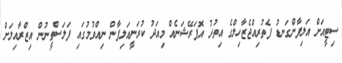
ސިޓީއަށް އަލިފާންގަނޑު ފެތުރިއްޖެޒާހިލްގެ އިތުރު އޮޕަރޭޝަނެއް މިއަދު ކުރަނީއަލިފާން ނިއްވުމުގައި ފަލަސްތީނުން އިޒްރާއިލަށް